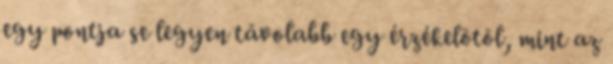
egy pontja se legyen távolabb egy érzékelõtõl, mint az